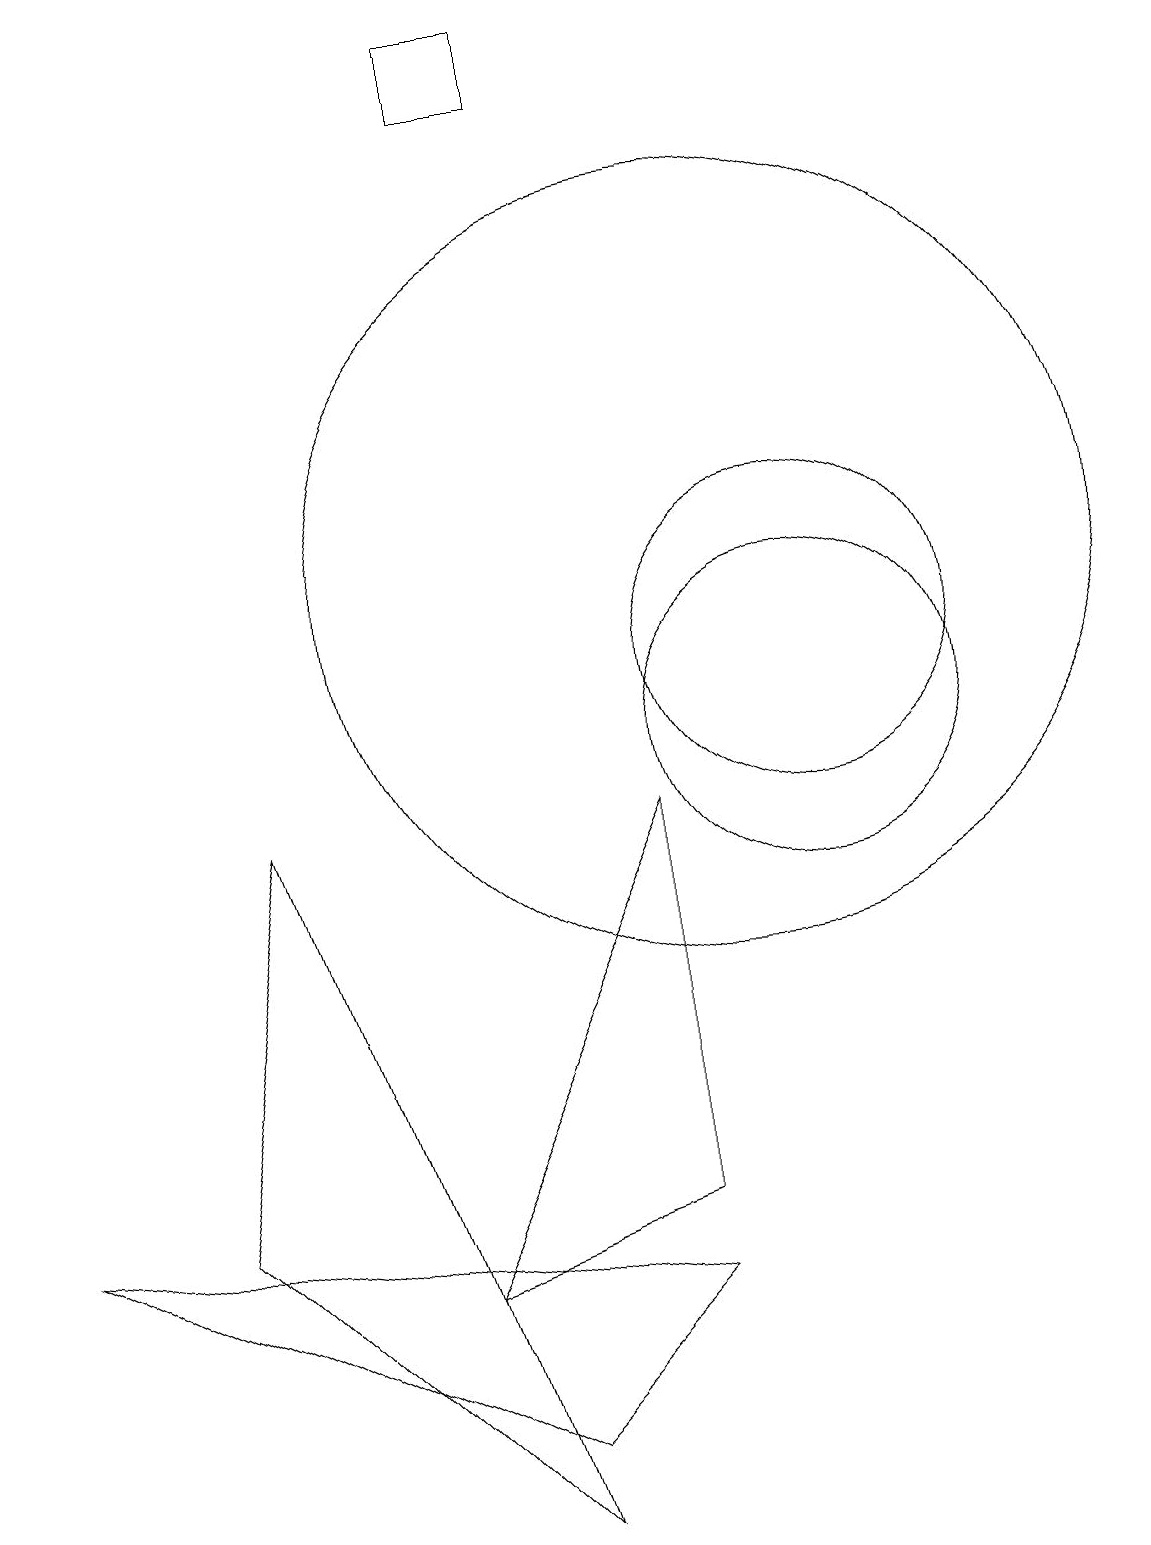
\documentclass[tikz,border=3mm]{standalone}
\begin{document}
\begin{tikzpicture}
\draw (7,0) -- (3,4) -- (4,9) -- cycle;
\draw (6,3) -- (9,9) -- (9,4) -- cycle;
\draw (11,10) circle (2);
\draw (7,19) rectangle (8,18);
\draw (10,12) circle (5);
\draw (9,3) -- (7,1) -- (1,4) -- cycle;
\draw (11,11) circle (2);
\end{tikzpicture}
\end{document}